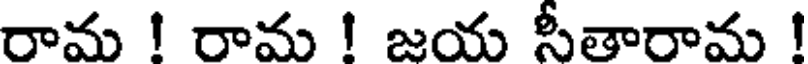
రామ ! రామ ! జయ సీతారామ !